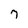
Character: 7